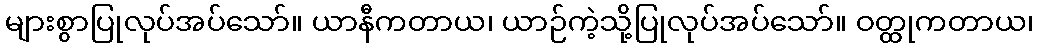
များစွာပြုလုပ်အပ်သော်။ ယာနီကတာယ၊ ယာဉ်ကဲ့သို့ပြုလုပ်အပ်သော်။ ဝတ္ထုကတာယ၊